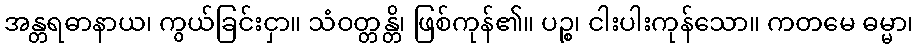
အန္တရဓာနာယ၊ ကွယ်ခြင်းငှာ။ သံဝတ္တန္တိ၊ ဖြစ်ကုန်၏။ ပဉ္စ၊ ငါးပါးကုန်သော။ ကတမေ ဓမ္မာ၊